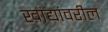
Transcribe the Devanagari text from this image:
खांद्यांवरील